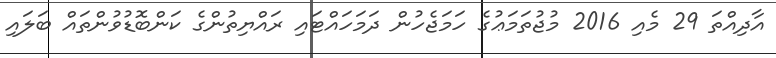
އާދިއްތަ 29 މެއި 2016 މުޖުތަމަޢުގެ ހަމަޖެހުން ދަމަހައްޓައި ރައްޔިތުންގެ ކަންބޮޑުވުންތައް ބަލައި